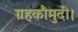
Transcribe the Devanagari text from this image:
ग्रहकौमुदी।